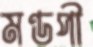
মণ্ডপী